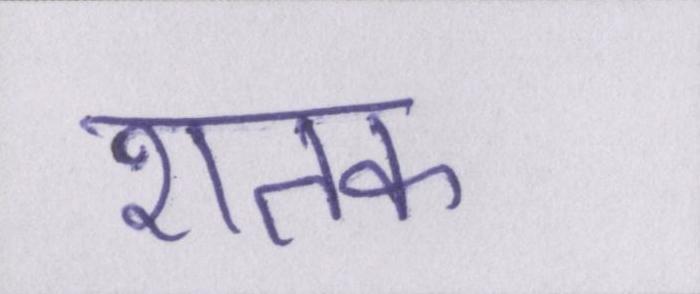
शतक